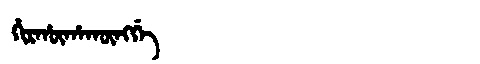
Manchu: ᡥᡳᡵᡥᡡᡥᠠᡴᡡᠩᡤᡝ
Romanization: HIRHŪHAKŪNGGE